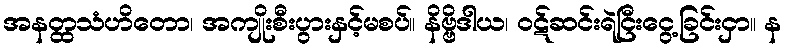
အနတ္ထသံဟိတော၊ အကျိုးစီးပွားနှင့်မစပ်။ နိဗ္ဗိဒါယ၊ ဝဋ်ဆင်းရဲငြီးငွေ့ခြင်းငှာ။ န